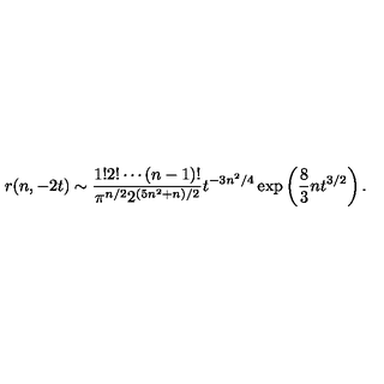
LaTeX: r ( n , - 2 t ) \sim { \frac { 1 ! 2 ! \cdots ( n - 1 ) ! } { \pi ^ { n / 2 } 2 ^ { ( 5 n ^ { 2 } + n ) / 2 } } } t ^ { - 3 n ^ { 2 } / 4 } \exp \left( { \frac { 8 } { 3 } } n t ^ { 3 / 2 } \right) .